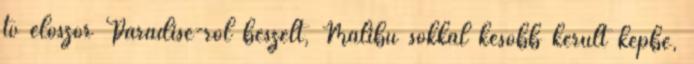
tv először Paradise-ről beszélt, Malibu sokkal később került képbe,